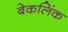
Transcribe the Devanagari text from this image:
बेकलिंक